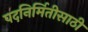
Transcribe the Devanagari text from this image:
पदनिर्मितीसाठी